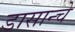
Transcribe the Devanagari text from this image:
डासान्चे